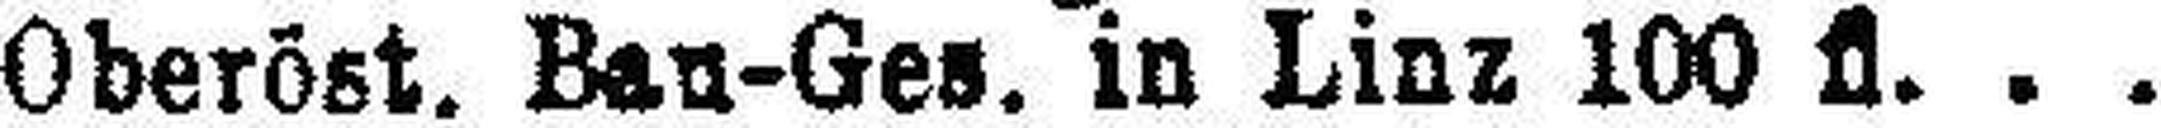
Oberöst. Bau-Ges. in Linz 100 fl.